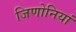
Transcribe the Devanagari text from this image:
जिणोनियां